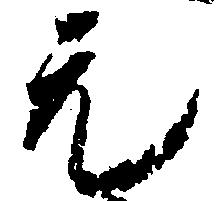
元